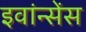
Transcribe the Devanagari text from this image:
इवांन्सेंस